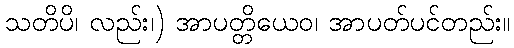
သတိပိ၊ လည်း၊) အာပတ္တိယေဝ၊ အာပတ်ပင်တည်း။